65_HS1-834228961_62-HQ-83894_Section_6
Agency: FBI
Page 234
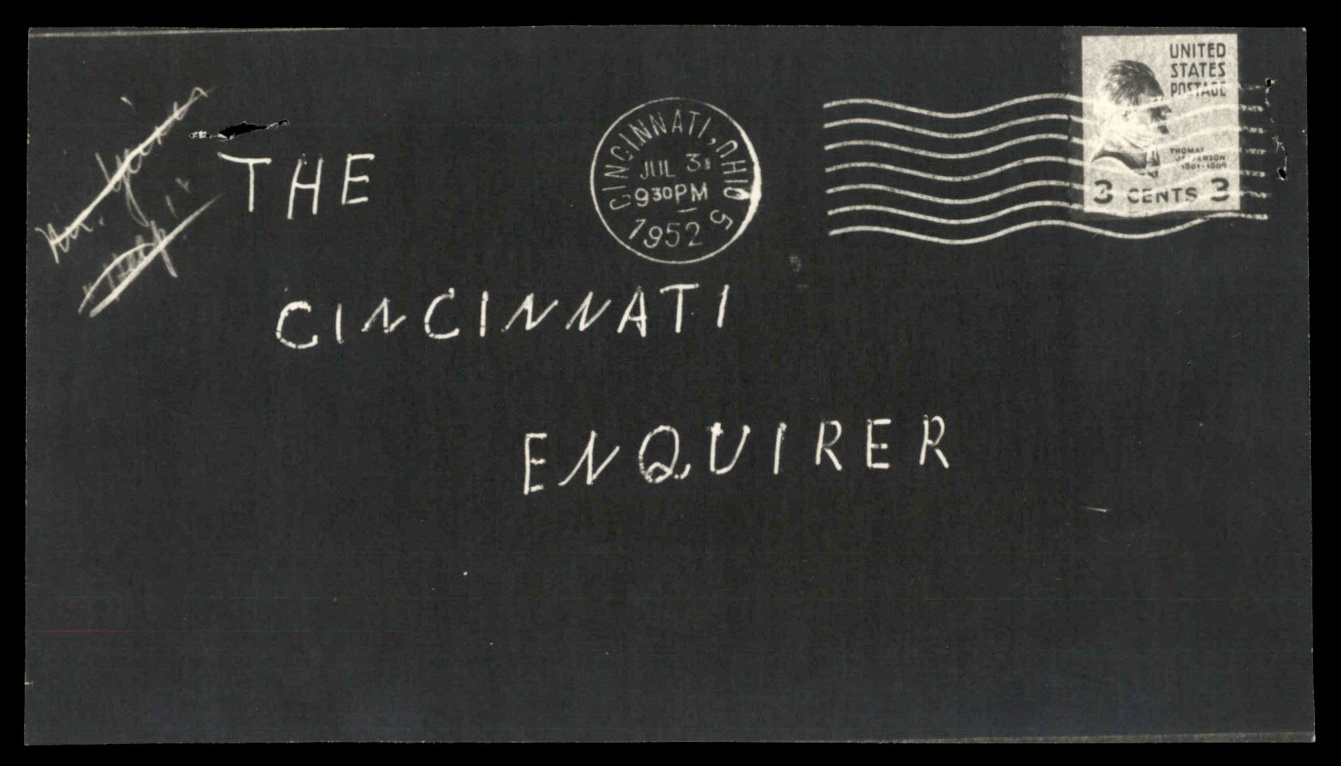